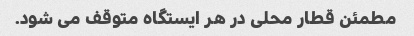
مطمئن قطار محلی در هر ایستگاه متوقف می شود.